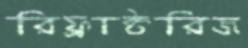
রিফ্রাক্টরিজ